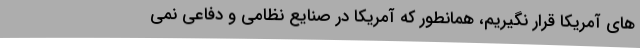
های آمریکا قرار نگیریم، همانطور که آمریکا در صنایع نظامی و دفاعی نمی